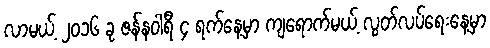
လာမယ့် ၂၀၁၆ ခု ဇန်နဝါရီ ၄ ရက်နေ့မှာ ကျရောက်မယ့် လွတ်လပ်ရေးနေ့မှာ